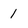
Character: 1